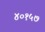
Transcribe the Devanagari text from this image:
४०१५७